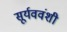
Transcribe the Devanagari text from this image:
सूर्यववंशी